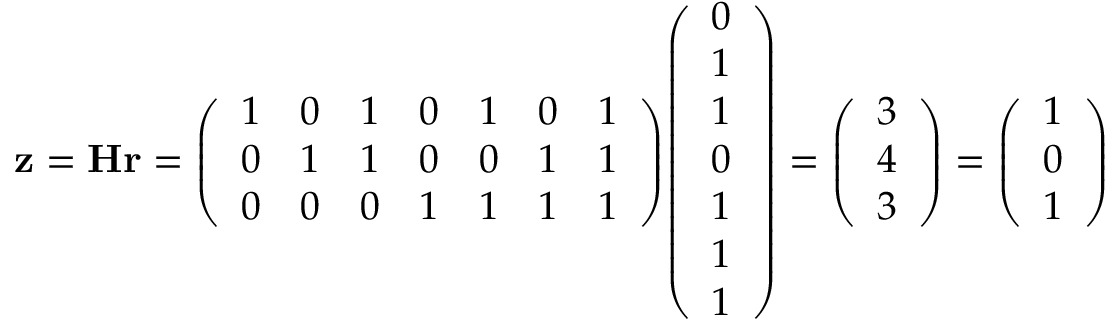
\mathbf { z } = \mathbf { H r } = { \left( \begin{array} { l l l l l l l } { 1 } & { 0 } & { 1 } & { 0 } & { 1 } & { 0 } & { 1 } \\ { 0 } & { 1 } & { 1 } & { 0 } & { 0 } & { 1 } & { 1 } \\ { 0 } & { 0 } & { 0 } & { 1 } & { 1 } & { 1 } & { 1 } \end{array} \right) } { \left( \begin{array} { l } { 0 } \\ { 1 } \\ { 1 } \\ { 0 } \\ { 1 } \\ { 1 } \\ { 1 } \end{array} \right) } = { \left( \begin{array} { l } { 3 } \\ { 4 } \\ { 3 } \end{array} \right) } = { \left( \begin{array} { l } { 1 } \\ { 0 } \\ { 1 } \end{array} \right) }